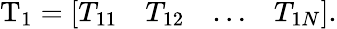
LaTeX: \mathrm{T}_{1}=\left[\begin{array}{llll}{T_{11}}&{T_{12}}&{\dots}&{T_{1N}}\end{array}\right].